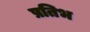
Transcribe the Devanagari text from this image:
प्रतिभ